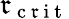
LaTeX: \mathfrak{r}_{\mathrm{{~c~\mathfrak{r}~i~t~}}}